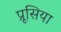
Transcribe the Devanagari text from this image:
प्रूसिया